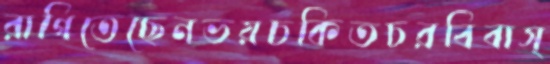
রাগিতেছেনভয়চকিতচরবিবাস্